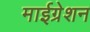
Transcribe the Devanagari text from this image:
माईग्रेशन